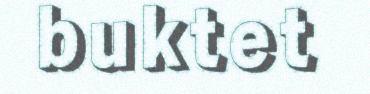
buktet